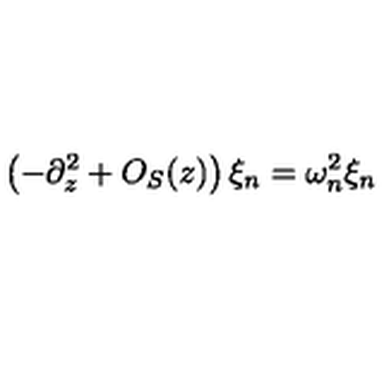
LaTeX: \left( - \partial _ { z } ^ { 2 } + O _ { S } ( z ) \right) \xi _ { n } = \omega _ { n } ^ { 2 } \xi _ { n }